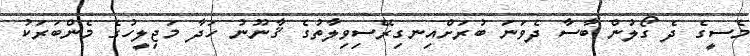
މެސީގެ ދެ ގޯލުން ބާސާ ދެވަނަ ބުރަށްއިނގިރޭސިވިލާތުގެ ޤާނޫނު ހަދާ މަޖިލީހުގެ މެންބަރަކު